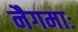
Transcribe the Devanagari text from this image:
नैगमाः